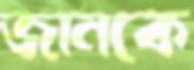
জানকে